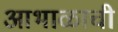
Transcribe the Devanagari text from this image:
आभाळाची